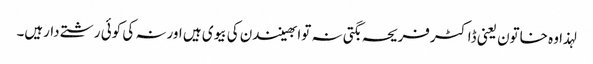
لہذا وہ خاتون یعنی ڈاکٹرفریحہ بگتی نہ توابھینندن کی بیوی ہیں اورنہ کی کوئی رشتے دارہیں۔